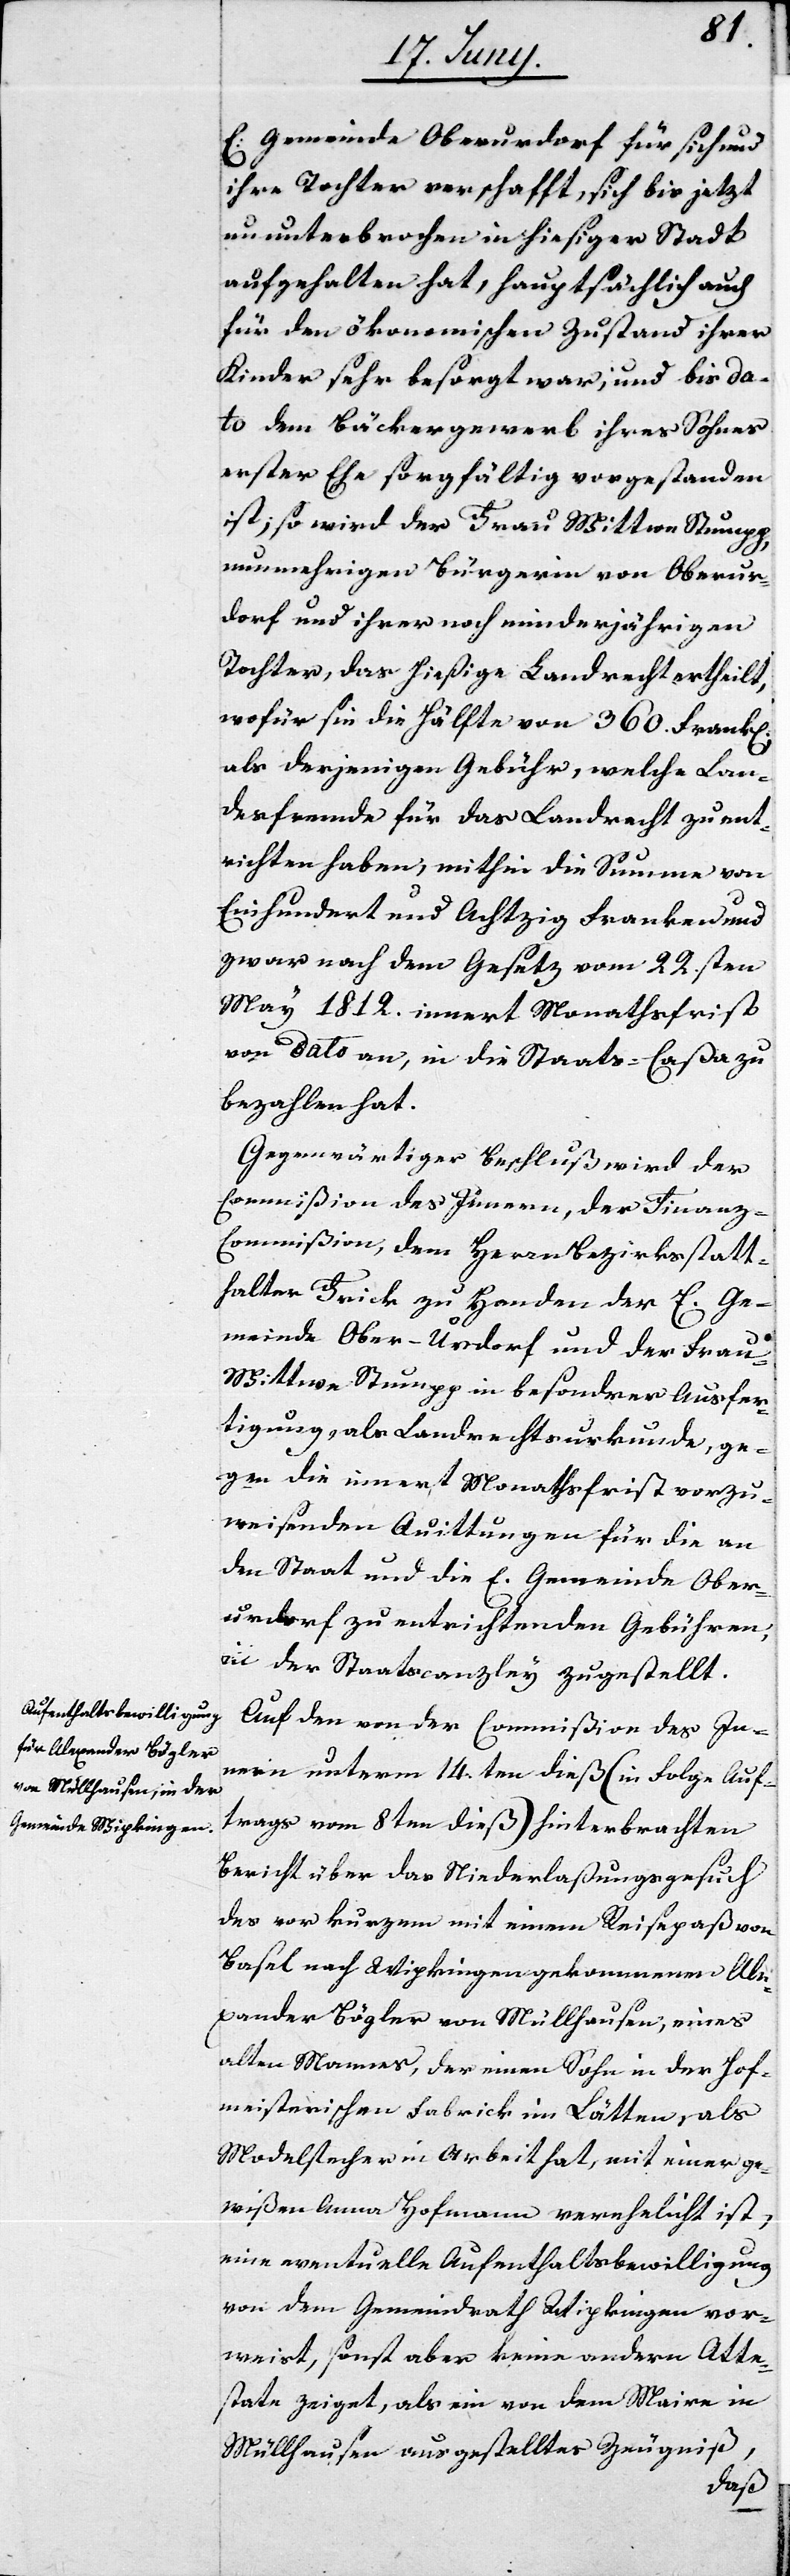
E: Gemeinde Oberurdorf für sich und
ihre Tochter verschafft, sich bis jetzt
ununterbrochen in hiesiger Stadt
aufgehalten hat, hauptsächlich auch
für den ökonomischen Zustand ihrer
Kinder sehr besorgt war, und bis da¬
to dem Bäckergewerb ihres Sohns
erster Ehe sorgfältig vorgestanden
ist, so wird der Frau Wittwe Stumpp,
nunmehrigen Bürgerin von Oberur¬
dorf und ihrer noch minderjährigen
Tochter, das hießige Landrecht ertheilt,
wofür sie die Hälfte von 360. Frank[en]
als derjenigen Gebühr, welche Lan¬
desfremde für das Landrecht zu ent¬
richten haben, mithin die Summe von
Einhundert und Achtzig Franken und
zwar nach dem Gesetz vom 22.sten
May 1812. innert Monatsfrist
von Dato an, in die Staats-Caßa zu
bezahlen hat.
Gegenwärtiger Beschluß wird der
Commißion des Innern, der Finanz-C¬
ommißion, dem Herrn Bezirksstatt¬
halter Frick zu Handen der E. Ge¬
meinde Ober-Urdorf und der Frau
Wittwe Stumpp in besonderer Ausfer¬
tigung, als Landrechtsurkunde, ge¬
gen die innert Monatsfrist vorzu¬
weisenden Quittungen für die an
den Staat und die E. Gemeinde Ober¬
urdorf zu entrichtenden Gebühren,
in der Staatscanzley zugestellt.
Auf den von der Commißion des In¬
nern unterm 14.ten dieß (in Folge Auf¬
trags vom 8ten dieß) hinterbrachten
Bericht über das Niederlaßungsgesuch
des vor kurzem mit einem Reisepaß von
Basel nach Wipkingen gekommenen Ale¬
xander Bögler von Müllhausen, eines
alten Mannes, der einen Sohn in der Hof¬
meisterischen Fabrik im Lätten, als
Modellstecher in Arbeit hat, mit einer ge¬
wißen Anna Hofmann verehelicht ist,
eine eventuelle Aufenthaltsbewilligung
von dem Gemeindrath Wipkingen vor¬
weist, sonst aber keine andern Atte¬
state zeiget, als ein von dem Maire in
Müllhausen ausgestelltes Zeugniß,